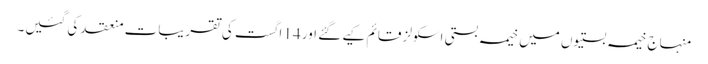
منہاج خیمہ بستیوں میں خیمہ بستی اسکولز قائم کیے گئے اور 14 اگست کی تقریبات منعقد کی گئیں۔